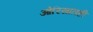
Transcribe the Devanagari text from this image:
ओरिसातही